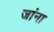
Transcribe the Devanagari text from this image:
जांना